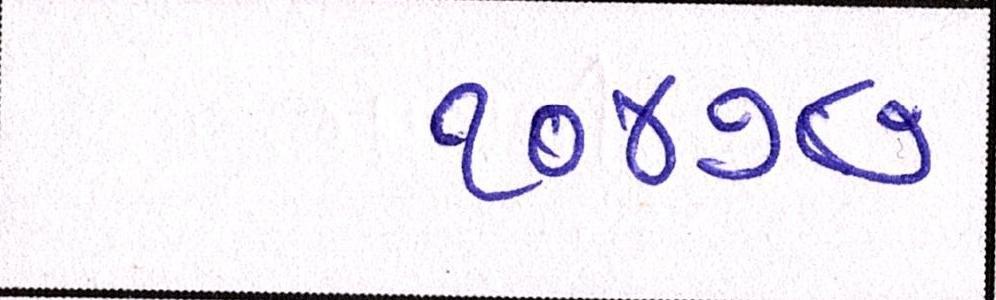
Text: ૧૦૪૭૪૭